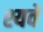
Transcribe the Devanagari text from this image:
श्यवे